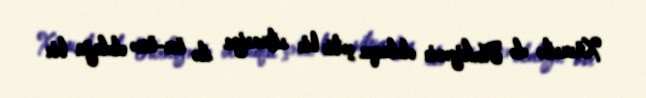
Xüsusilə də Türkiyənin olduqca çətin bir situasiya ilə üz-üzə olduğu bir